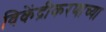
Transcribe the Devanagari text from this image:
विकेंद्रीकरणाच्या